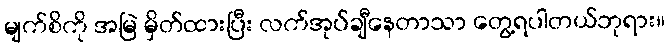
မျက်စိကို အမြဲ မှိတ်ထားပြီး လက်အုပ်ချီနေတာသာ တွေ့ရပါတယ်ဘုရား။